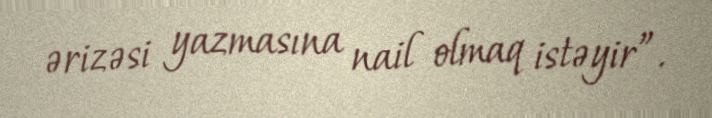
ərizəsi yazmasına nail olmaq istəyir”.